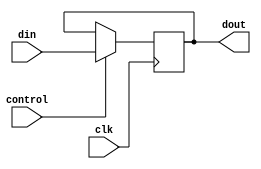
module pc(
  input clk,
  input control,
  input [31:0] din,
  output [31:0] dout
  );
  
  reg[31:0] currentPC;
  
  initial
    currentPC = 32'h3000; 
  
  always@(negedge clk)
  begin
    if(control) 
    begin
      currentPC = din;   //renew pc
      $display(" PC_current :0x%x ", currentPC); //display the current pc
    end
  end

  assign dout = currentPC;
endmodule